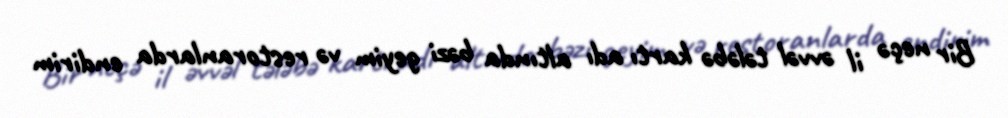
Bir neçə il əvvəl tələbə kartı adı altında bəzi geyim və restoranlarda endirim